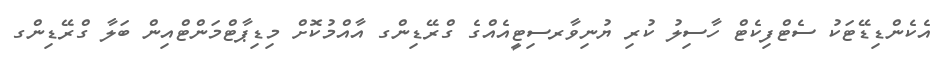
އެކެންޑިޑޭޓަކު ސެޓްފިކެޓް ހާސިލު ކުރި ޔުނިވާރސިޓީއެއްގެ ގްރޭޑިންގ އާއްމުކޮށް މިޑިޕާޓްމަންޓްއިން ބަލާ ގްރޭޑިންގ